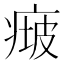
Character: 𤷵